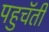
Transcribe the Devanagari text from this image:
पहुचॅती